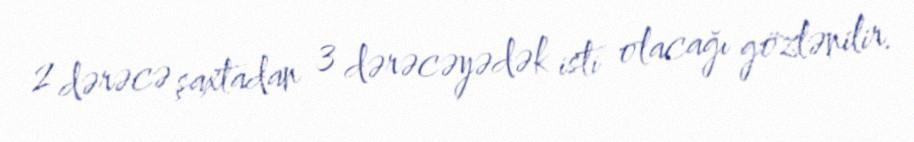
2 dərəcə şaxtadan 3 dərəcəyədək isti olacağı gözlənilir.